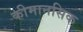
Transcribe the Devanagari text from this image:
कीमानसिक